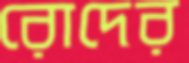
রোদের